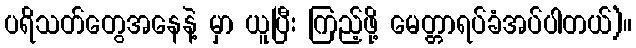
ပရိသတ်တွေအနေနဲ့ မှာ ယူပြီး ကြည့်ဖို့ မေတ္တာရပ်ခံအပ်ပါတယ်)။